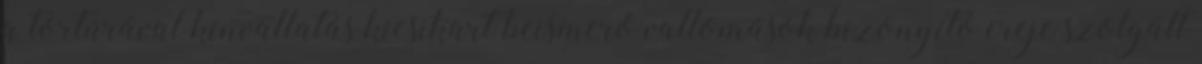
a tortúrával kínvallatás kicsikart beismerő vallomások bizonyító ereje szolgált